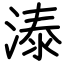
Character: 溙